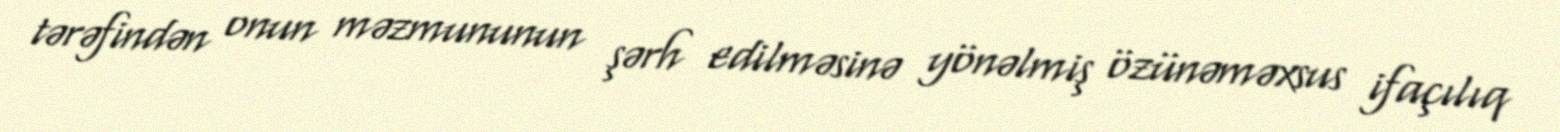
tərəfindən onun məzmununun şərh edilməsinə yönəlmiş özünəməxsus ifaçılıq